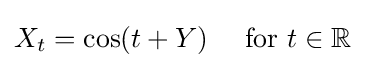
X_{t}=\cos(t+Y)\quad {\text{ for }}t\in \mathbb {R}